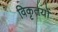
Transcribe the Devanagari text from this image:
विकृतयों